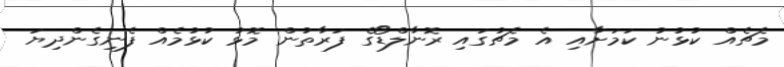
މެޗެއް ކުޅުނު ކަމަށާއި އެ މެޗުގައި ރޮނާލްޑޯގެ ފަރާތުން މޮޅު ކުޅުމެއް ފެނިގެންދިޔަ